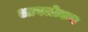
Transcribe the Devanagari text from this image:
आवलोकन